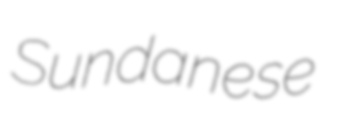
Sundanese